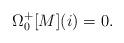
LaTeX: \begin{align*}\Omega_{0}^{+}[M](i) = 0.\end{align*}